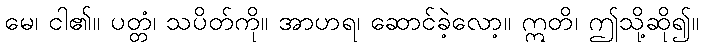
မေ၊ ငါ၏။ ပတ္တံ၊ သပိတ်ကို။ အာဟရ၊ ဆောင်ခဲ့လော့။ ဣတိ၊ ဤသို့ဆို၍။